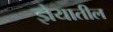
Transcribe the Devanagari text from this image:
ज्ञेयातील